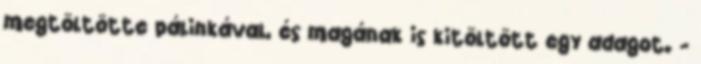
megtöltötte pálinkával, és magának is kitöltött egy adagot. -